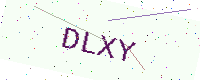
Text: DLXY